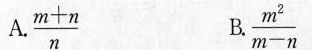
A.\frac{m+n}{n} B.\frac{m^{2}}{m-n}